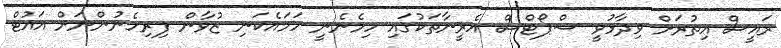
ރައީސް އިތުރަށް ވިދާޅުވީ ސްޕޯޓްސް އެރީނާތަކުގައި ހިމެނެނީ ހަމައެކަނި ޒުވާން ފިރިހެނުންނަށް އައުޓް